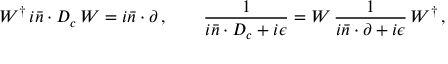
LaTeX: W ^ { \dagger } \, i \bar { n } \cdot D _ { c } \, W = i \bar { n } \cdot \partial \, , \qquad \frac { 1 } { i \bar { n } \cdot D _ { c } + i \epsilon } = W \, \frac { 1 } { i \bar { n } \cdot \partial + i \epsilon } \, W ^ { \dagger } \, ,